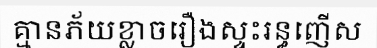
គ្មានភ័យខ្លាចរឿងស្ទះរន្ធញើស